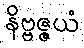
နိဗ္ဗဇ္ဇယံ